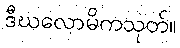
ဒီဃလောမိကသုတ်။